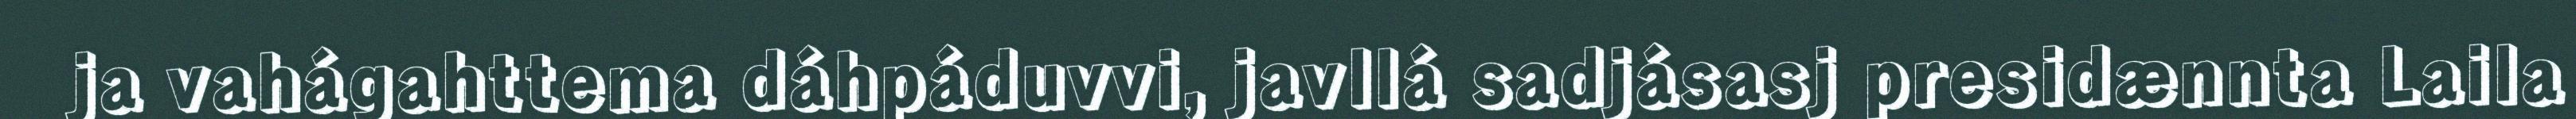
ja vahágahttema dáhpáduvvi, javllá sadjásasj presidænnta Laila